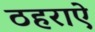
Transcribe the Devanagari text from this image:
ठहराऐ